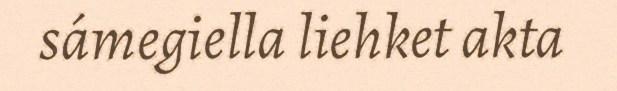
sámegiella liehket akta